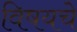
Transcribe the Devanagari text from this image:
विषयचे